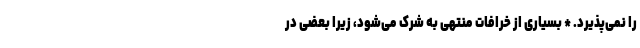
را نمی‌پذیرد. * بسیاری از خرافات منتهی به شرک می‌شود، زیرا بعضی در